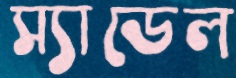
স্যাডেল